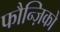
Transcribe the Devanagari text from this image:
फौन्ज़िको